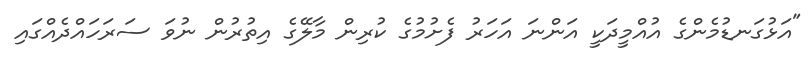
"އަޅުގަނޑުމެންގެ އުއްމީދަކީ އަންނަ އަހަރު ފެށުމުގެ ކުރިން މާލޭގެ އިތުރުން ނުވަ ސަރަހައްދެއްގައި